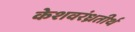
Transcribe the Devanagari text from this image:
केशवरंध्रतीर्थ